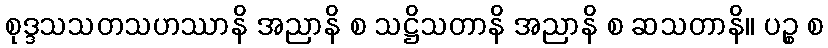
စုဒ္ဒသသတသဟဿာနိ အညာနိ စ သဋ္ဌိသတာနိ အညာနိ စ ဆသတာနိ။ ပဉ္စ စ